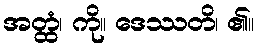
အတ္ထံ၊ ကို။ ဒေဿတိ၊ ၏။